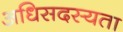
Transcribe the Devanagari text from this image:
अधिसदस्यता